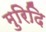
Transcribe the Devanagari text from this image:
मुरिदि